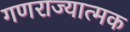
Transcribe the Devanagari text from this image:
गणराज्‍यात्‍मक